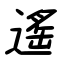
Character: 遙